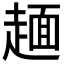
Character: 𧼸